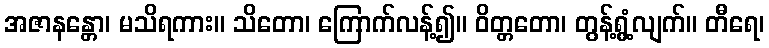
အဇာနန္တော၊ မသိရကား။ သိတော၊ ကြောက်လန့်၍။ ဝိတ္တတော၊ တွန့်ရွံ့လျက်။ တီရေ၊